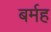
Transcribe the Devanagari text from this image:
बर्मह